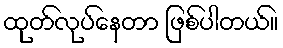
ထုတ်လုပ်နေတာ ဖြစ်ပါတယ်။